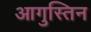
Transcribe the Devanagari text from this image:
आगुस्तिन